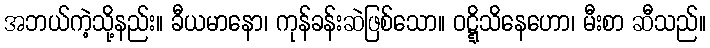
အဘယ်ကဲ့သို့နည်း။ ခီယမာနော၊ ကုန်ခန်းဆဲဖြစ်သော။ ဝဋ္ဋိသိနေဟော၊ မီးစာ ဆီသည်။